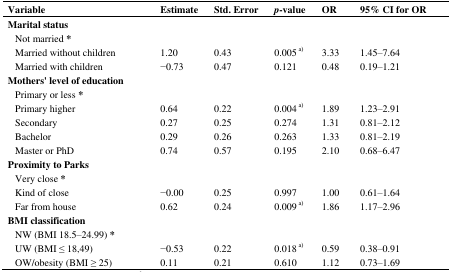
<table><thead><tr><td><b>Variable</b></td><td><b>Estimate</b></td><td><b>Std. Error</b></td><td><b><i>p</i>-value</b></td><td><b>OR</b></td><td><b>95% CI for OR</b></td></tr></thead><tbody><tr><td><b>Marital status</b></td><td></td><td></td><td></td><td></td><td></td></tr><tr><td> Not married *</td><td></td><td></td><td></td><td></td><td></td></tr><tr><td> Married without children</td><td>1.20</td><td>0.43</td><td>0.005<sup> a)</sup></td><td>3.33</td><td>1.45–7.64</td></tr><tr><td> Married with children</td><td>−0.73</td><td>0.47</td><td>0.121</td><td>0.48</td><td>0.19–1.21</td></tr><tr><td><b>Mothers&#x27; level of education</b></td><td></td><td></td><td></td><td></td><td></td></tr><tr><td> Primary or less *</td><td></td><td></td><td></td><td></td><td></td></tr><tr><td> Primary higher</td><td>0.64</td><td>0.22</td><td>0.004<sup> a)</sup></td><td>1.89</td><td>1.23–2.91</td></tr><tr><td> Secondary</td><td>0.27</td><td>0.25</td><td>0.274</td><td>1.31</td><td>0.81–2.12</td></tr><tr><td> Bachelor</td><td>0.29</td><td>0.26</td><td>0.263</td><td>1.33</td><td>0.81–2.19</td></tr><tr><td> Master or PhD</td><td>0.74</td><td>0.57</td><td>0.195</td><td>2.10</td><td>0.68–6.47</td></tr><tr><td><b>Proximity to Parks</b></td><td></td><td></td><td></td><td></td><td></td></tr><tr><td> Very close *</td><td></td><td></td><td></td><td></td><td></td></tr><tr><td> Kind of close</td><td>−0.00</td><td>0.25</td><td>0.997</td><td>1.00</td><td>0.61–1.64</td></tr><tr><td> Far from house</td><td>0.62</td><td>0.24</td><td>0.009<sup> a)</sup></td><td>1.86</td><td>1.17–2.96</td></tr><tr><td><b>BMI classification</b></td><td></td><td></td><td></td><td></td><td></td></tr><tr><td> NW (BMI 18.5–24.99) *</td><td></td><td></td><td></td><td></td><td></td></tr><tr><td> UW (BMI ≤ 18,49)</td><td>−0.53</td><td>0.22</td><td>0.018<sup> a)</sup></td><td>0.59</td><td>0.38–0.91</td></tr><tr><td> OW/obesity (BMI ≥ 25)</td><td>0.11</td><td>0.21</td><td>0.610</td><td>1.12</td><td>0.73–1.69</td></tr></tbody></table>